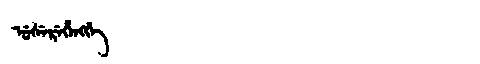
Manchu: ᡠᠰᡝᡵᡝᡥᡝᠩᡤᡝ
Romanization: USEREHENGGE